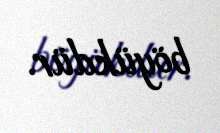
böyükdür.